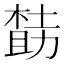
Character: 𪳌